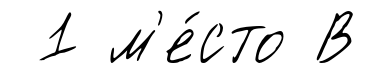
1 м'е́сто В